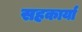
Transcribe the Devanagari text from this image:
सहकार्या